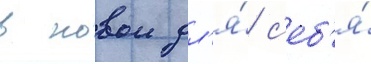
в новои дл'я́ с'еб'я́